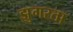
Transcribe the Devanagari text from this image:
झुगरता